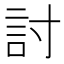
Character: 討